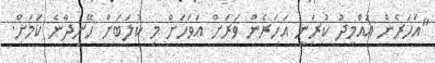
"އަހަރެން އުއްމީދު ކުރަނީ އަހަރެން ވަރަށް އަވަހަށް މި ކުލަބަށް ހޭނިދާނެ ކަމަށް.